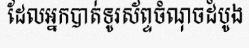
ដែលអ្នកបាត់ទូរស័ព្ទចំណុចដំបូង